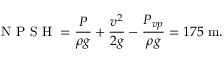
\textrm { N P S H } = \frac { P } { \rho g } + \frac { v ^ { 2 } } { 2 g } - \frac { P _ { v p } } { \rho g } = 1 7 5 \; \mathrm { { m } . }